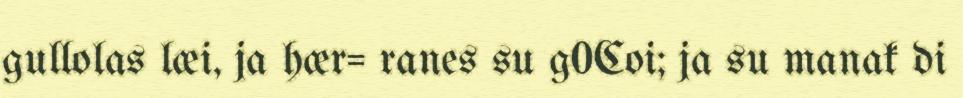
gullolas læi, ja hær= ranes su g0Coi; ja su manak di